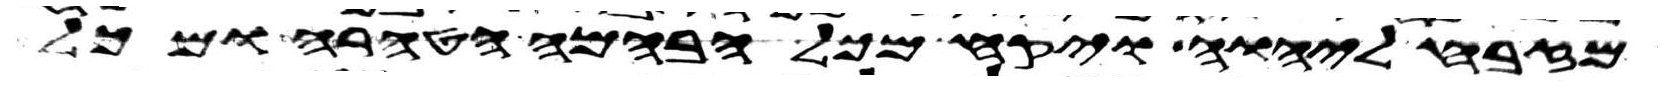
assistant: מזבח ליהוה ויקח מכל הבהמה הטהרה ומכל